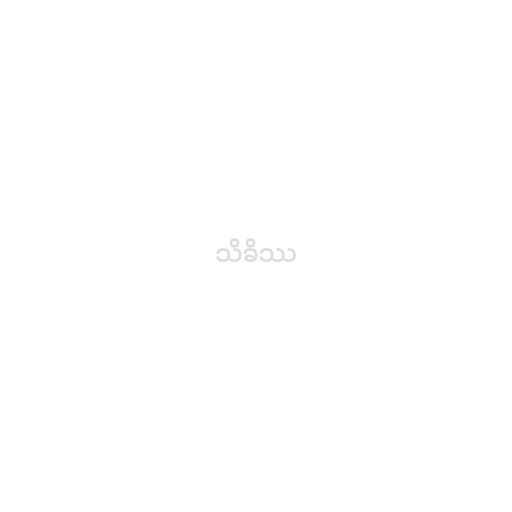
သိခိဿ